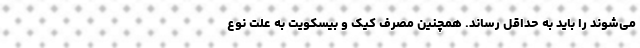
می‌شوند را باید به حداقل رساند. همچنین مصرف کیک و بیسکویت به علت نوع